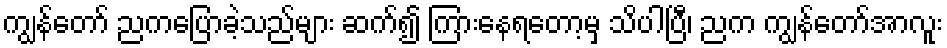
ကျွန်တော် ညကပြောခဲ့သည်များ ဆက်၍ ကြားနေရတော့မှ သိပါပြီ၊ ညက ကျွန်တော်အာလူး